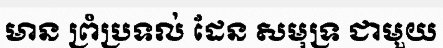
មាន ព្រំប្រទល់ ដែន សមុទ្រ ជាមួយ